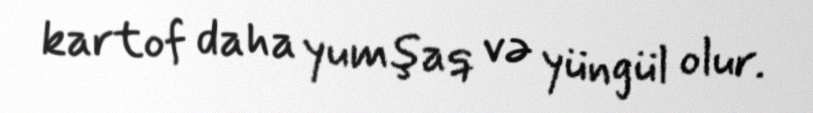
kartof daha yumşaq və yüngül olur.